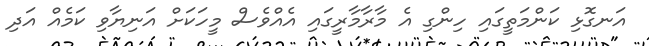
އަނގޮޅި ކަންމަތީގައި ހިންގި އެ މާރާމާރީގައި އެއްވެސް މީހަކަށް އަނިޔާވި ކަމެއް އަދި